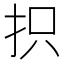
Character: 抧